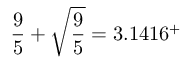
{ \frac { 9 } { 5 } } + { \sqrt { \frac { 9 } { 5 } } } = 3 . 1 4 1 6 ^ { + }